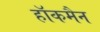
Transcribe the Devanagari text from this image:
हाॅकमैन